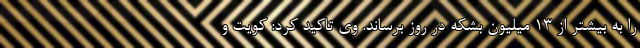
را به بیشتر از ۱۳ میلیون بشکه در روز برساند. وی تاکید کرد: کویت و